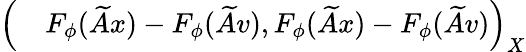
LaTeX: \begin{array}{rl}{\Bigl(}&{{}F_{\phi}(\widetilde{A}x)-F_{\phi}(\widetilde{A}v),F_{\phi}(\widetilde{A}x)-F_{\phi}(\widetilde{A}v)\Bigr)_{X}}\end{array}